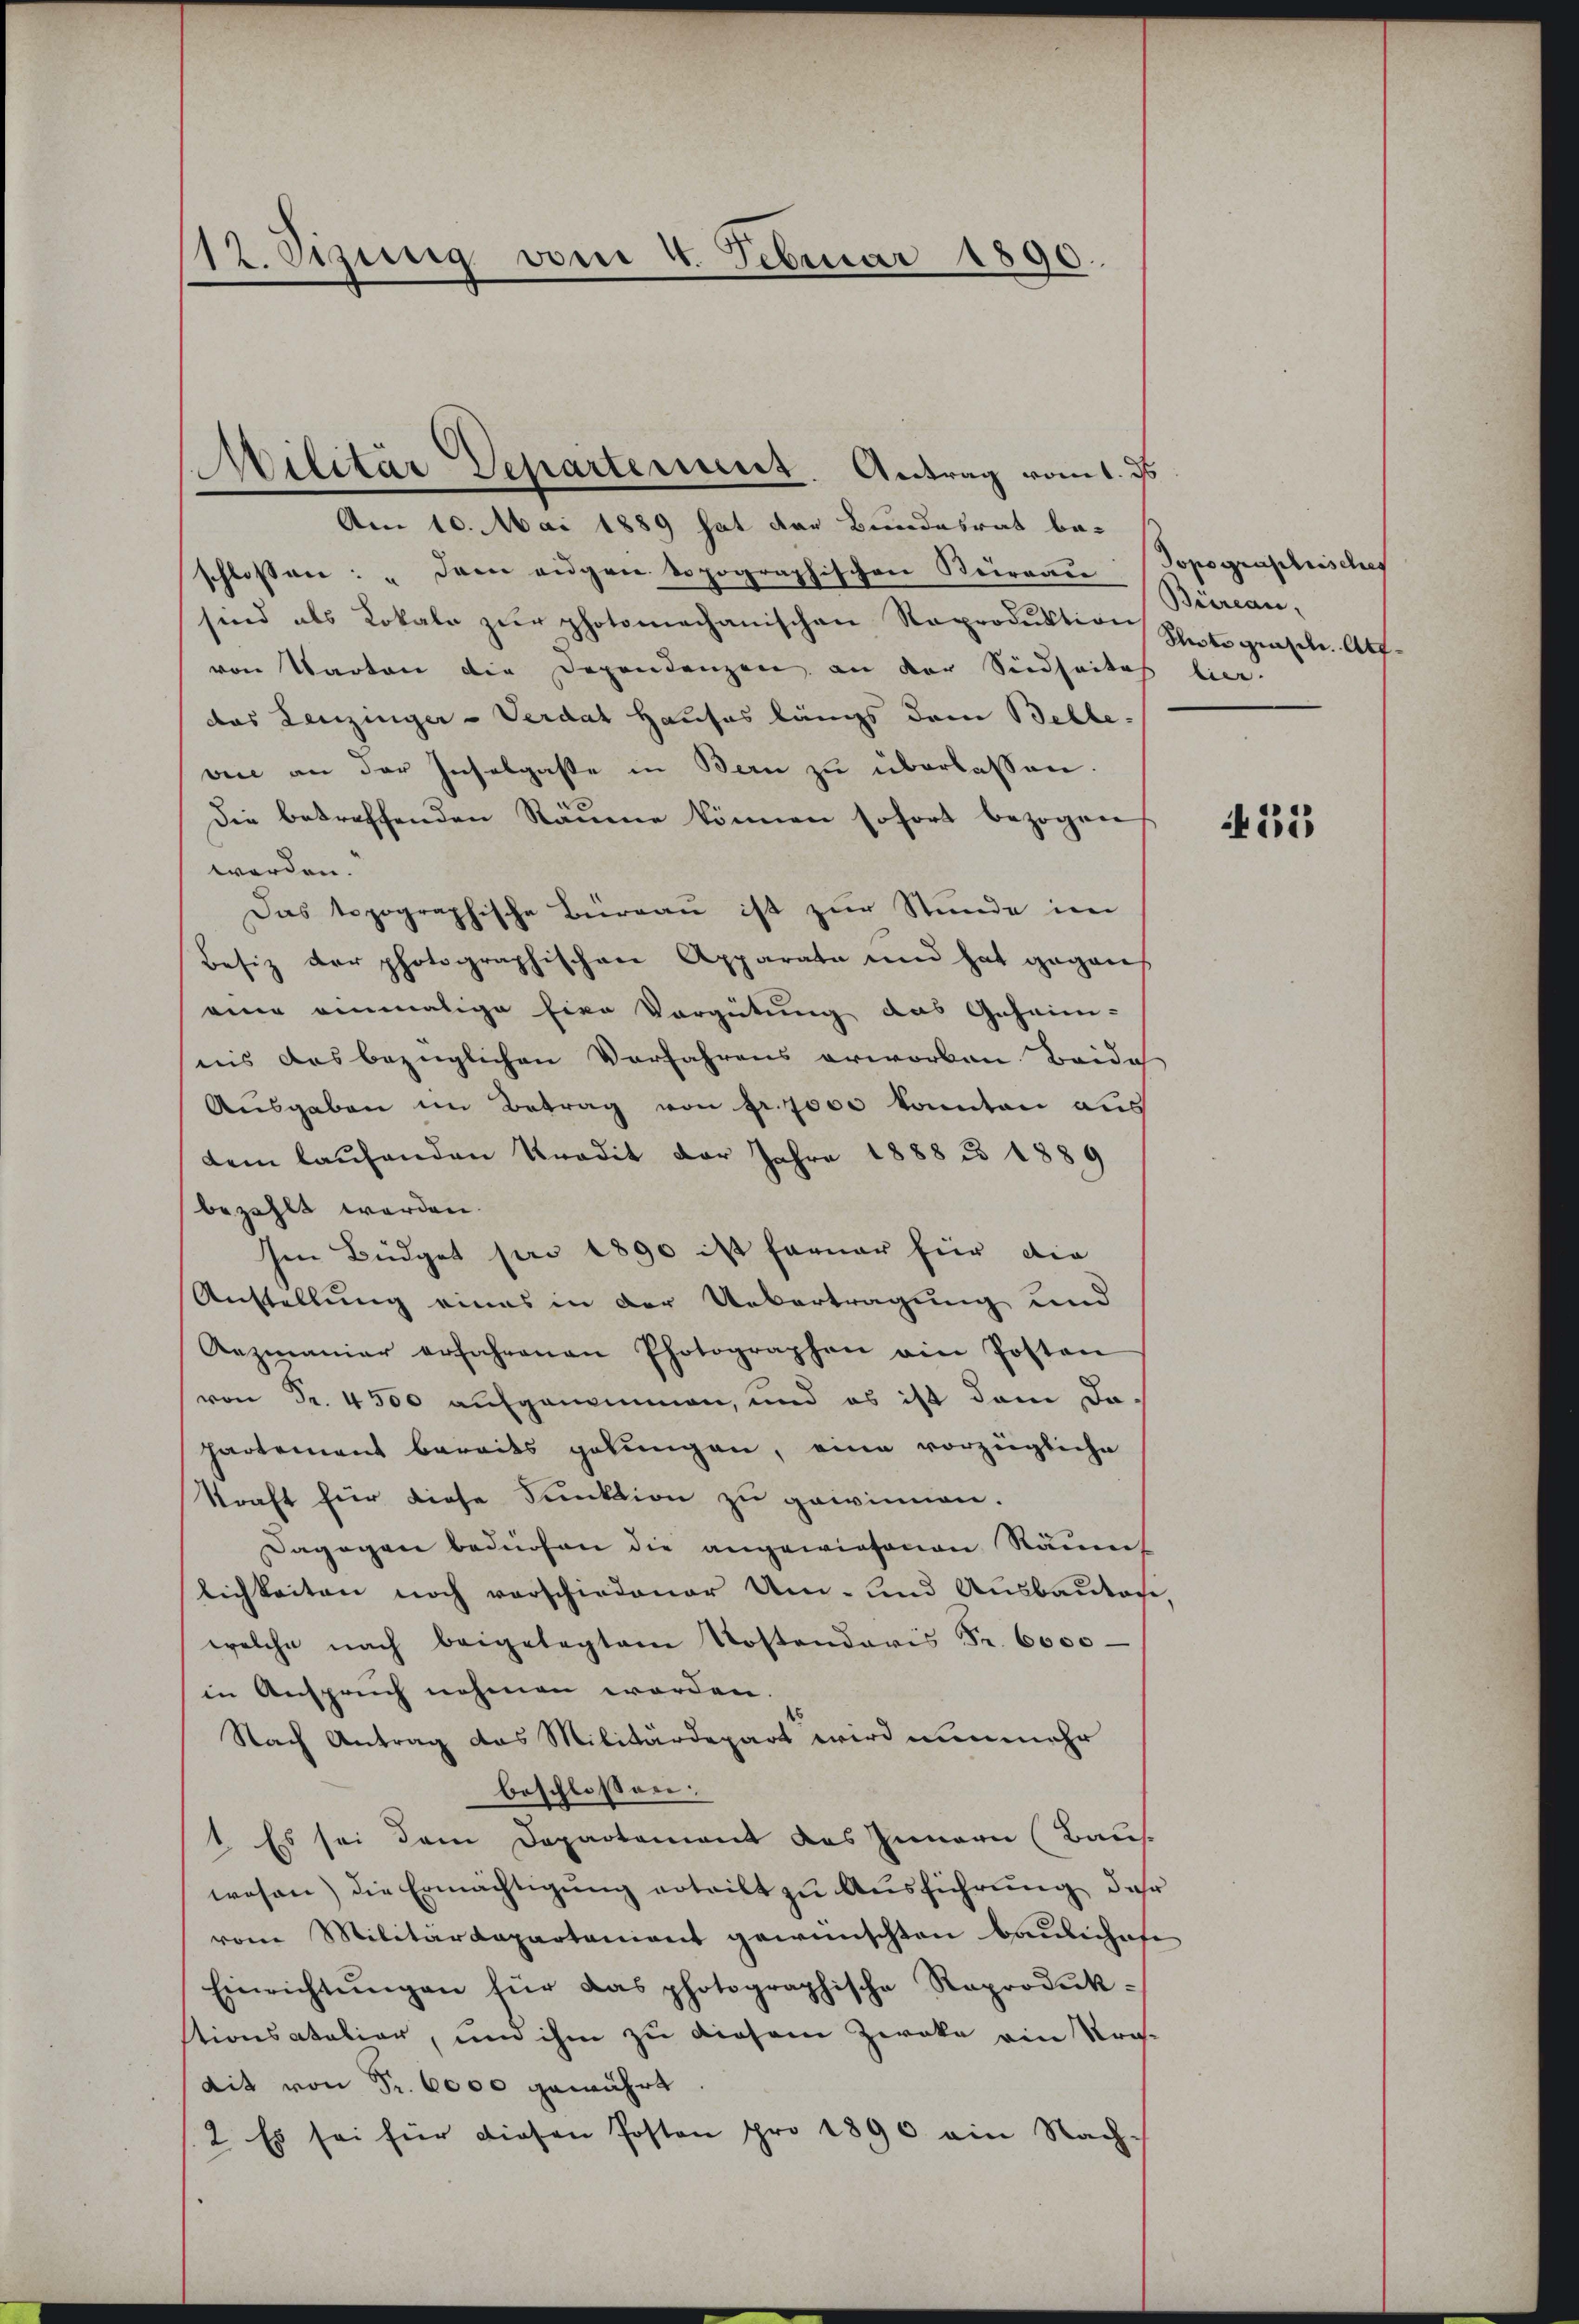
12. Sizung vom 4. Februar 1890.

schlossen: „Dem eigen topographischen Beirran Topographisches
sind als Lokale zŭr photomechanischen Reproduktion Schotograsch. Art.
von Warten die Dependenzen, an der Seidseites hier.
das Lenzinger-Verdat Hauses längs dem Belle-
vice an der Inselgaste in Bern zu überlassen.
d
Die betreffenden Raume können sofort bezogen
worden.
Das topographische Büreau ist zur Stunde im
Besiz der photographischen Apparate und hat gegens
eine einmalige Eine Vergütung das Geheim-
nis das bezüglichen Verfahrens erworben Beides
Ausgaben im Betrag von fr. 7000 konnten aus
dem laufenden Kredit der Jahre 1888 n 1889
bezahlt werden.
Im Büdget pro 1890 ist ferner für die
Anstellung eines in der Uebertragung und
Anzmanier erfahrenen Photographen ain Posten
von Fr. 4500 aufgenommen, und es ist dem Da
Partement bereits gelungen, eine vorzügliche
kraft für diese Funktion zu gewinnen.
Dagegen bedürfen die angewiesenen Räum
lichkeiten noch vorschiedener Um- und Ausbautori
welche nach beigelegten Kostendaris Fr. 6000
in Anspruch nehmen worden.
Nach Antrag das Militärdepart wird nunmehr
beschlossen:
1. Es sei dem Departement des Innern (Baus.
wesen) die Ermächtigŭng erteilt zu Ausführung der
vom Militärdepartanient gewünschten Baulichefe
Einrichtŭngen für das photographische Reproduk-
stionsatalier, und ihm zu diesem Zweke ein Stradit von Fr. 6000 gewährt
2. Es sei für diesen Posten pro 1890 ein Nach-

Militär Departement. Antrag vom 1. ds
Am 10. Mai 1889 hat der Bundesrat be-

Biireau,

N 22